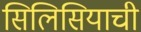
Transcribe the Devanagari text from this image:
सिलिसियाची